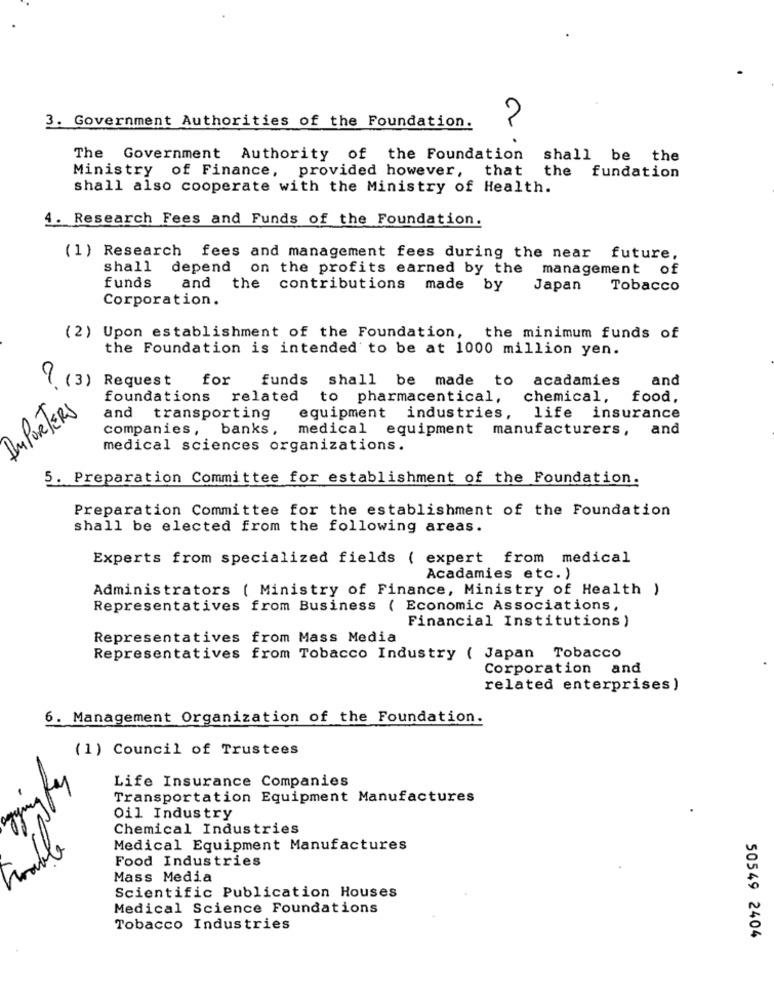
2
3. Government Authorities of the Foundation.
The Government Authority of the Foundation
shall be the
Ministry of Finance, provided however, that
the fundation
shall also cooperate with the Ministry of Health.
4. Research Fees and Funds of the Foundation.
(1) Research fees and management fees during the near future,
shall
depend on the profits earned by the management of
funds
and the contributions made by
Japan
Tobacco
Corporation.
(2) Upon establishment of the Foundation, the minimum funds of
the Foundation is intended to be at 1000 million yen.
9 (3) Request
for
funds shall be made to acadamies
and
foundations related
to pharmacentical,
chemical, food.
IMPORTERS
and transporting
equipment industries, life insurance
companies, banks,
medical equipment manufacturers, and
medical sciences organizations.
5. Preparation Committee for establishment of the Foundation.
Preparation Committee for the establishment of the Foundation
shall be elected from the following areas.
Experts from specialized fields ( expert from medical
Acadamies etc. )
Administrators ( Ministry of Finance, Ministry of Health )
Representatives from Business ( Economic Associations,
Financial Institutions )
Representatives from Mass Media
Representatives from Tobacco Industry ( Japan Tobacco
Corporation and
related enterprises)
6. Management Organization of the Foundation.
(1) Council of Trustees
Life Insurance Companies
Transportation Equipment Manufactures
Oil Industry
Chemical Industries
Medical Equipment Manufactures
Food Industries
Mass Media
Scientific Publication Houses
Medical Science Foundations
Tobacco Industries
50549 2404